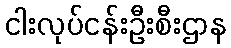
ငါးလုပ်ငန်းဦးစီးဌာန